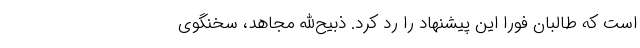
است که طالبان فورا این پیشنهاد را رد کرد. ذبیح‌الله مجاهد، سخنگوی